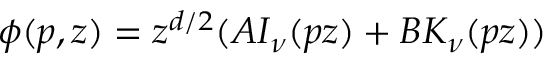
\phi ( p , z ) = z ^ { d / 2 } ( A I _ { \nu } ( p z ) + B K _ { \nu } ( p z ) )